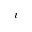
i